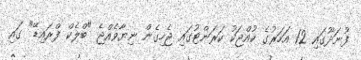
ފުނަދޫގައި 12 އަހަރުގެ ކުއްޖަކު ކަރަންޓުގައި ޖެހިގެން ނިޔާވެއްޖެ "ބްލެކް ފްރައިޑޭ" ގައި